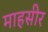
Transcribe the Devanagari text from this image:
माहसीर